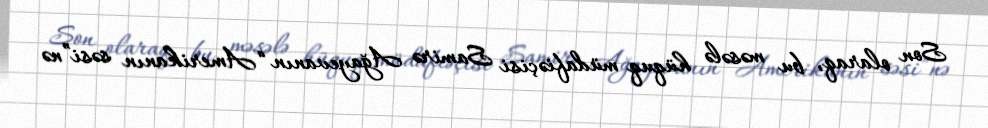
Son olaraq, bu məsələ hüquq müdafiəçisi Samirə Ağayevanın “Amerikanın səsi”nə